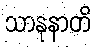
သာနုနာတိ